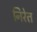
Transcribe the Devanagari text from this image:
निरेत